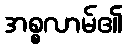
အစ္စလာမ်၏